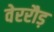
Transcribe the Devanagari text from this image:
वेररौड़